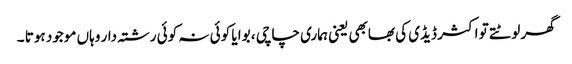
گھر لوٹتے تو اکثر ڈیڈی کی بھابھی یعنی ہماری چاچی ، بوا یا کوئی نہ کوئی رشتہ دار وہاں موجود ہوتا ۔